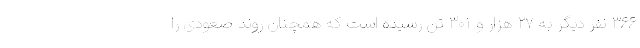
۳۶۶ نفر دیگر به ۲۷ هزار و ۳۰۱ تن رسیده است که همچنان روند صعودی را